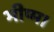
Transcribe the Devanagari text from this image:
भीष्म।